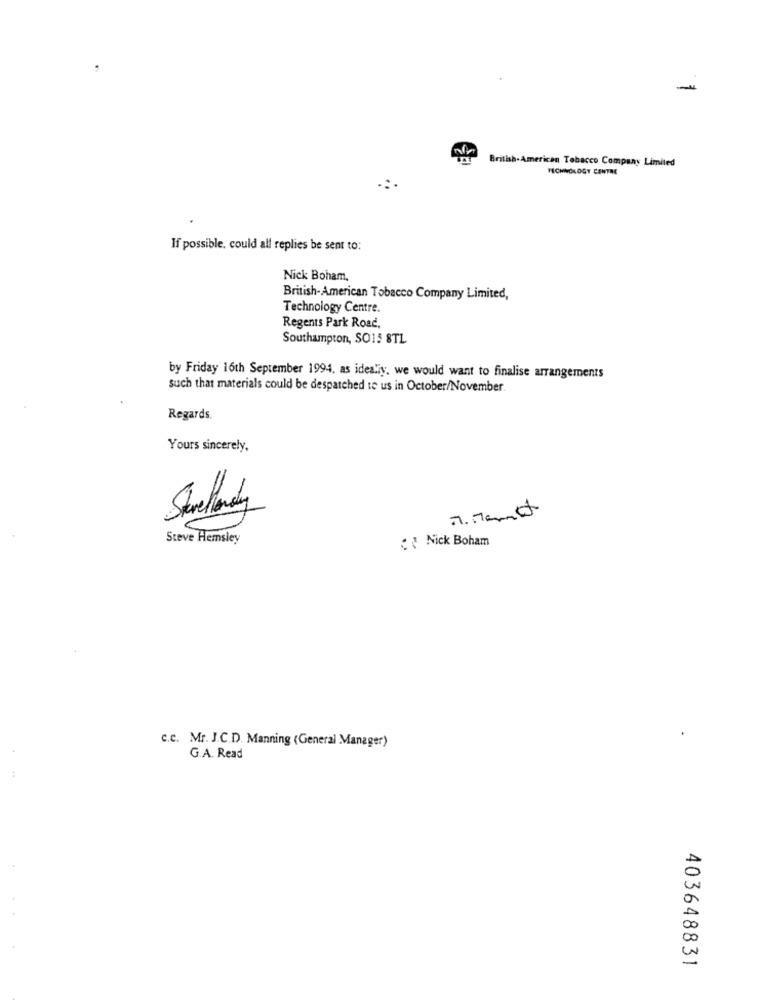
British-American Tobacco Company Limited
TECHNOLOGY CENTRE
If possible, could all replies be sent to:
Nick Boham.
British-American Tobacco Company Limited,
Technology Centre.
Regents Park Road,
Southampton, SO15 8TL
by Friday 16th September 1994. as idealiy, we would want to finalise arrangements
such that materials could be despatched te us in October/November.
Regards.
Yours sincerely,
Steve Hemsley
: Nick Boham
c.c. Mr. J.C.D. Manning (General Manager)
G.A. Read
403648831